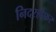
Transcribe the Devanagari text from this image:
निदरहोफर